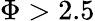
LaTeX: \Phi>2.5